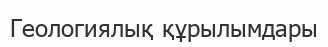
Геологиялық құрылымдары